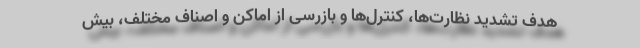
هدف تشدید نظارت‌ها، کنترل‌ها و بازرسی از اماکن و اصناف مختلف، بیش